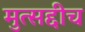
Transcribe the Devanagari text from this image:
मुत्सद्दीच